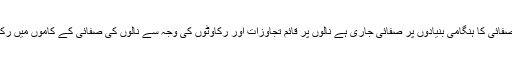
انہوں نے بتا یا کہ شاہ فیصل زون میں گولڈ ٹائون نالہ او ر T&Tکمپائونڈ نالے کی صفائی کا ہنگامی بنیادوں پر صفائی جاری ہے نالوں پر قائم تجاوزات اور رکاوٹوں کی وجہ سے نالوں کی صفائی کے کاموں میں رکاوٹ حائل ہے جسے عوامی تعاون اور ضلع انتظامیہ کی مدد سے دور کرلیا جائیگا۔